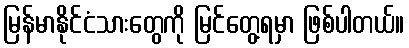
မြန်မာနိုင်ငံသားတွေကို မြင်တွေ့ရမှာ ဖြစ်ပါတယ်။